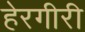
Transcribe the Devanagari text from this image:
हेरगीरी